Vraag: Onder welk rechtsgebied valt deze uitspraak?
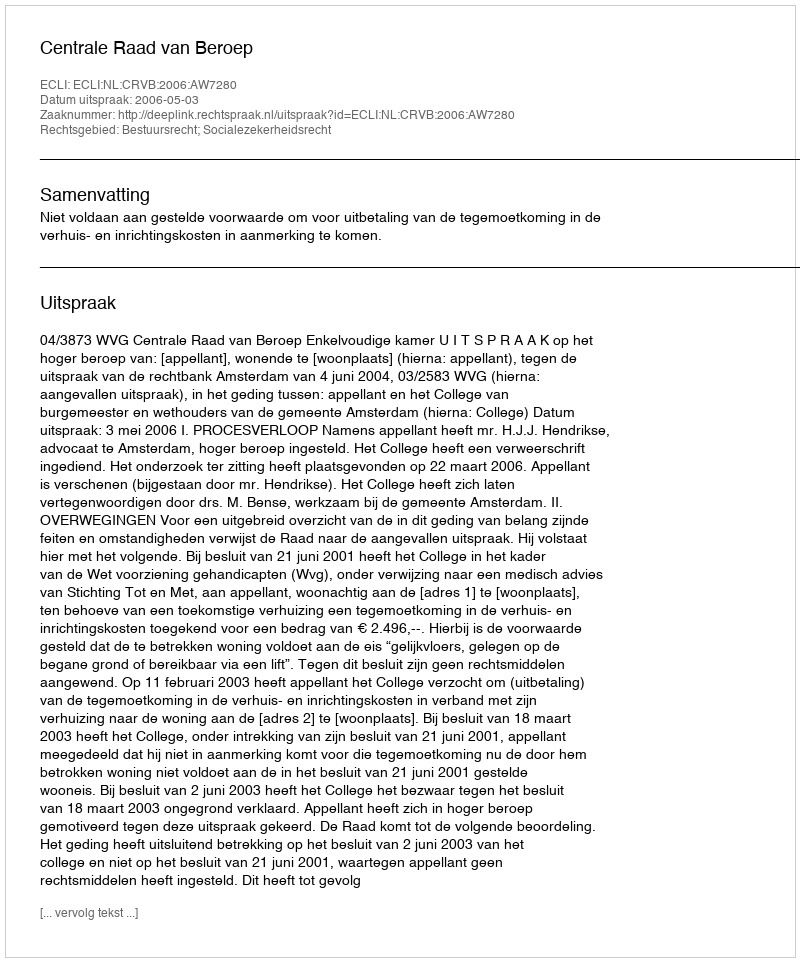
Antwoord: Bestuursrecht; Socialezekerheidsrecht